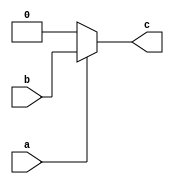
module M_AND(input a,b,output c);	//AND gate made with MUX
    assign c = a?b:1'b0;
endmodule

module M_OR(input a,b, output c);	//OR gate made with MUX
    assign c = a?1'b1:b;
endmodule
        

module top_module (
    input c,
    input d,
    output [3:0] mux_in
);
    
    wire nwd;
    assign nwd = d?1'b0:1'b1;	//NOT d
    
    M_OR i(c,d,mux_in[0]);
    assign mux_in[1] = 1'b0;  
    assign mux_in[2] = nwd;
    M_AND j(c,d,mux_in[3]);
endmodule